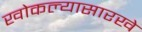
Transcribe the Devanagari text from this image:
खोकल्यासारखे